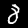
Digit: 8